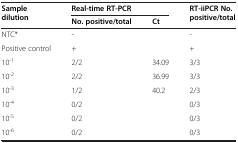
<table><thead><tr><td rowspan="2"><b>Sample dilution</b></td><td colspan="2"><b>Real-time RT-PCR</b></td><td rowspan="2"><b>RT-iiPCR No. positive/total</b></td></tr><tr><td><b>No. positive/total</b></td><td><b>Ct</b></td></tr></thead><tbody><tr><td>NTC*</td><td>-</td><td></td><td>-</td></tr><tr><td>Positive control</td><td>+</td><td></td><td>+</td></tr><tr><td>10<sup>-1</sup></td><td>2/2</td><td>34.09</td><td>3/3</td></tr><tr><td>10<sup>-2</sup></td><td>2/2</td><td>36.99</td><td>3/3</td></tr><tr><td>10<sup>-3</sup></td><td>1/2</td><td>40.2</td><td>2/3</td></tr><tr><td>10<sup>-4</sup></td><td>0/2</td><td></td><td>0/3</td></tr><tr><td>10<sup>-5</sup></td><td>0/2</td><td></td><td>0/3</td></tr><tr><td>10<sup>-6</sup></td><td>0/2</td><td></td><td>0/3</td></tr></tbody></table>